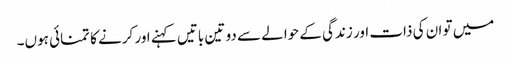
میں تو ان کی ذات اور زندگی کے حوالے سے دو تین باتیں کہنے اور کرنے کا تمنائی ہوں۔